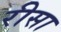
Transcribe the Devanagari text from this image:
रीसा